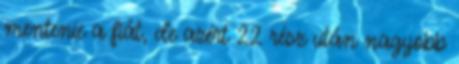
mentenie a fiát, de azért 22 rész után nagyobb